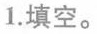
1.填空。